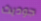
جوديث